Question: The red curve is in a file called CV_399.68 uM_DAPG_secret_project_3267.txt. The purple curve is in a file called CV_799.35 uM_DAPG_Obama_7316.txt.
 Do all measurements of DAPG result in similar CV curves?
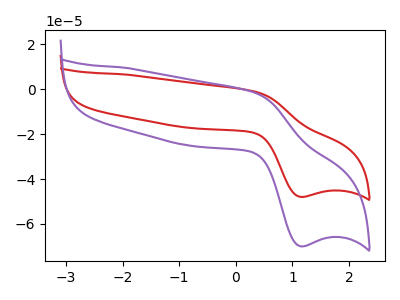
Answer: <think>The red curve "DAPG_399.68 uM" has an anodic peak at (0.35V, -1.15uA) and a cathodic peak at (1.15V, -47.95uA). The purple curve "DAPG_799.35 uM" has an anodic peak at (0.35V, -1.65uA) and a cathodic peak at (1.15V, -69.95uA).
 All the peaks in "DAPG_399.68 uM" have a peak in "DAPG_799.35 uM" at the same potential.</think>
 <answer>All the CV's of "DAPG" have similar shape.</answer>
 <eval>follow_rule</eval>